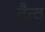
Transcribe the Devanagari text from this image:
दैत्व